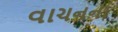
વાચનના